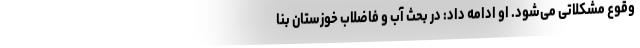
وقوع مشکلاتی می‌شود. او ادامه داد: در بحث آب و فاضلاب خوزستان بنا